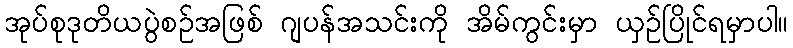
အုပ်စုဒုတိယပွဲစဉ်အဖြစ် ဂျပန်အသင်းကို အိမ်ကွင်းမှာ ယှဉ်ပြိုင်ရမှာပါ။